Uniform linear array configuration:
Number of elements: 32
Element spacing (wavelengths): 0.5
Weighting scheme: binomial
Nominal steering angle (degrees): -15
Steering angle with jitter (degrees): -15.722
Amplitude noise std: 0.05
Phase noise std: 0.05

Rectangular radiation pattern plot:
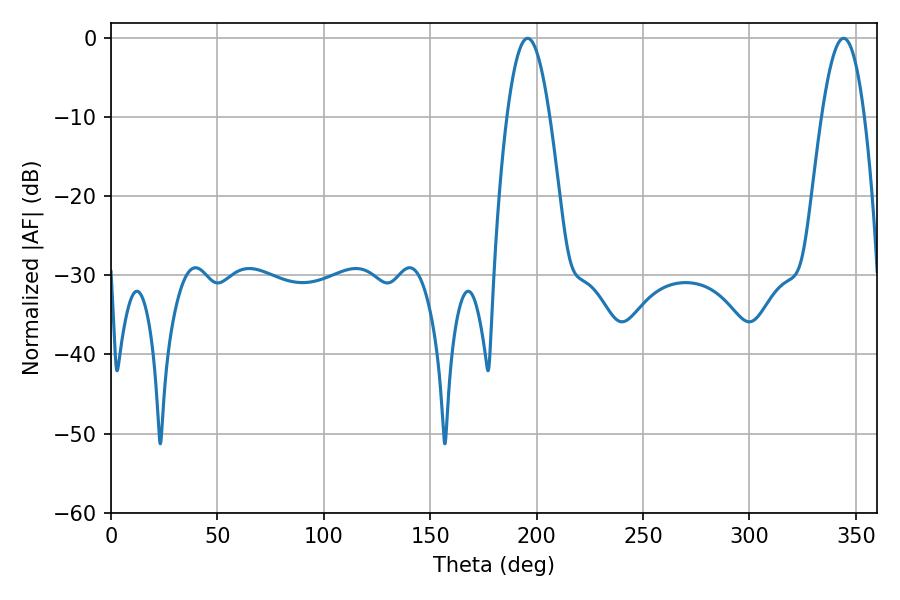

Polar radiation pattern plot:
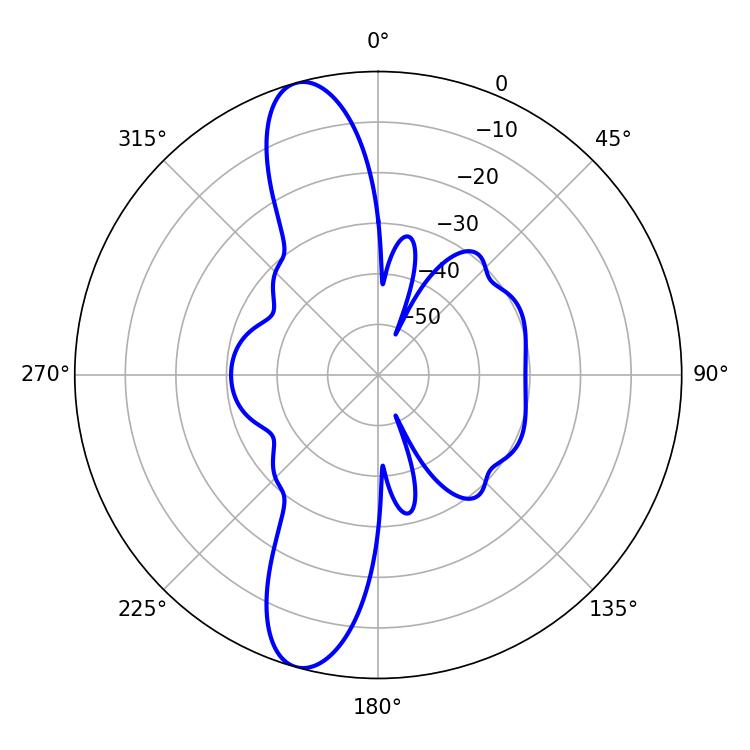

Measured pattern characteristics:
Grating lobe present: FALSE
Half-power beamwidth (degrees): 10.8
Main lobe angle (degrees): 195.84